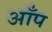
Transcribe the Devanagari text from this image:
आँप